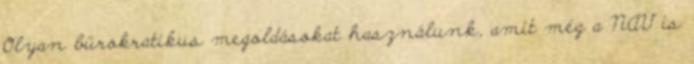
Olyan bürokratikus megoldásokat használunk, amit még a NAV is